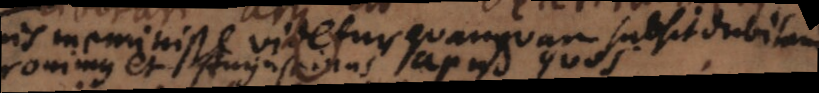
ignis meminisse videtur quanquam subsit dubitandi